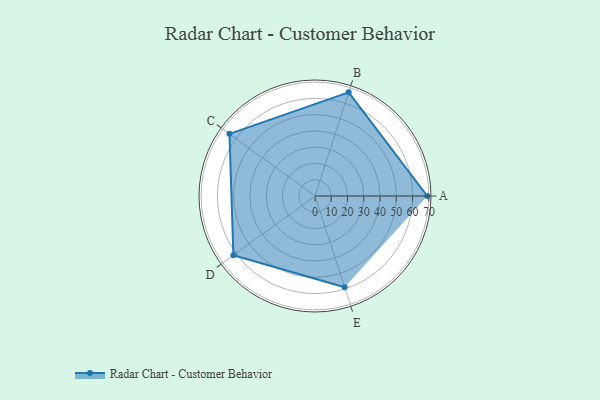
{"axis": {"x": "Skill", "y": "Score"}, "legend": ["Profile"], "data": [{"x": "A", "y": 69.0, "type": "Profile"}, {"x": "B", "y": 67.0, "type": "Profile"}, {"x": "C", "y": 65.0, "type": "Profile"}, {"x": "D", "y": 62.0, "type": "Profile"}, {"x": "E", "y": 59.0, "type": "Profile"}]}